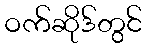
ဝက်ဆိုဒ်တွင်